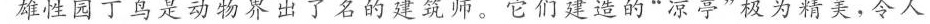
雄性园丁鸟是动物界出了名的建筑师。它们建造的”凉亭”极为精美，令人